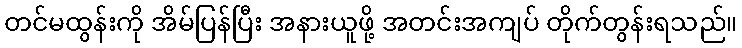
တင်မထွန်းကို အိမ်ပြန်ပြီး အနားယူဖို့ အတင်းအကျပ် တိုက်တွန်းရသည်။